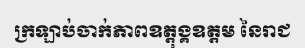
ក្រឡាប់ចាក់ភាពឧត្តុង្គឧត្តម នៃរាជ